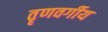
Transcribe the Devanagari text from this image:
तॄणवर्गीय